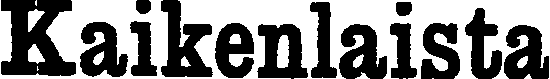
Kaikenlaista